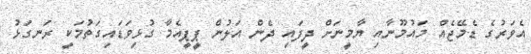
އެވަރުގެ ޑެމޭޖެއް މައުމޫނާއި ޔާމީނަށް ދީފައި ދެން އަލުން ޕީޕީއެމާ ގުޅިވަޑައިގަތުމަކީ ރަނގަޅު